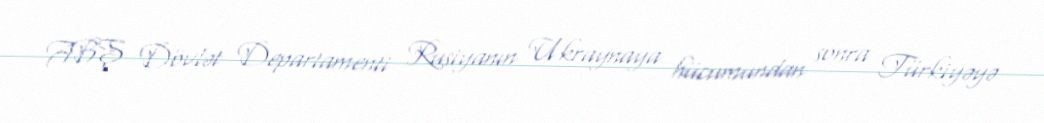
ABŞ Dövlət Departamenti Rusiyanın Ukraynaya hücumundan sonra Türkiyəyə